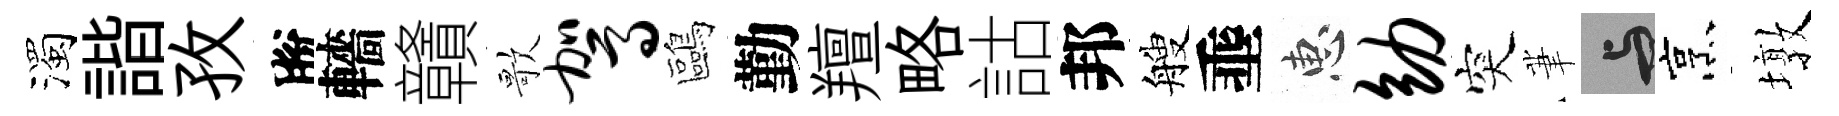
濁諧孜脫轖贛歌驾鷗勤羶略詁邦艘埀惠幼突茟与烹墩